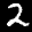
Label: 2